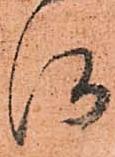
河